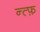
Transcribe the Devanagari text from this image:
न्त्फ़